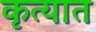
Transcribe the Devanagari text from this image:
कृत्यात